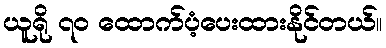
ယူရို ၇၀ ထောက်ပံ့ပေးထားနိုင်တယ်။